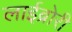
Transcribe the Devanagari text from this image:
लाईब्रोरी